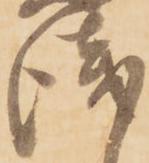
浅